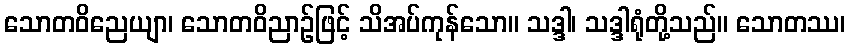
သောတဝိညေယျာ၊ သောတဝိညာဉ်ဖြင့် သိအပ်ကုန်သော။ သဒ္ဒါ၊ သဒ္ဒါရုံတို့သည်။ သောတဿ၊